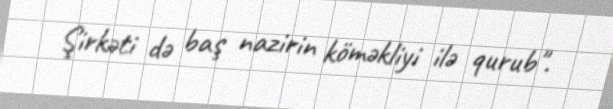
Şirkəti də baş nazirin köməkliyi ilə qurub".